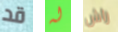
قد له راش